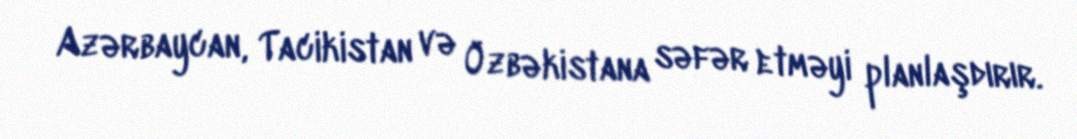
Azərbaycan, Tacikistan və Özbəkistana səfər etməyi planlaşdırır.